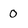
Character: 0